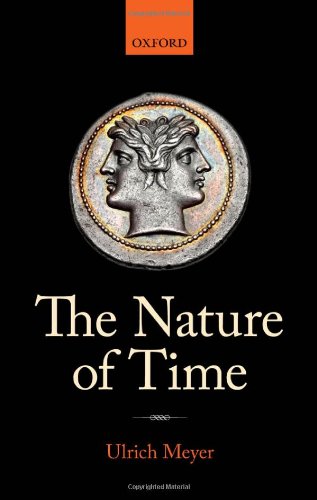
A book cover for The Nature of Time; Ulrich Meyer; Science & Math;